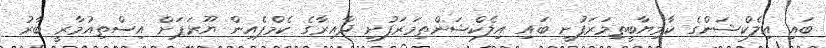
ބައި އިލެކްޝަންގެ ކާމިޔާބީތިމަރަފުށީ ބައި އިލެކްޝަންތިމަރަފުށި ދާއިރާގެ ކެމްޕެއިން ޔޫރަޕަށް އިސްތިއުމާރީ ބާރު